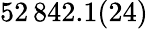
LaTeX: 52\, 842.1(24)